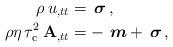
LaTeX: \begin{align*}\rho\,u_{,tt}&=\, \boldsymbol{\sigma} \, ,\\\rho\eta\, \tau_{\rm c}^2\,\mathbf{A}_{,tt}&=- \, \,\boldsymbol{m} + \,\boldsymbol{\sigma}\,,\end{align*}